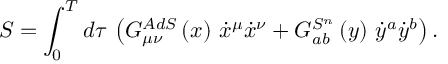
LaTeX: S = \int _ { 0 } ^ { T } d \tau \, \left( G _ { \mu \nu } ^ { A d S } \left( x \right) \, \dot { x } ^ { \mu } \dot { x } ^ { \nu } + G _ { a b } ^ { S ^ { n } } \left( y \right) \, \dot { y } ^ { a } \dot { y } ^ { b } \right) .